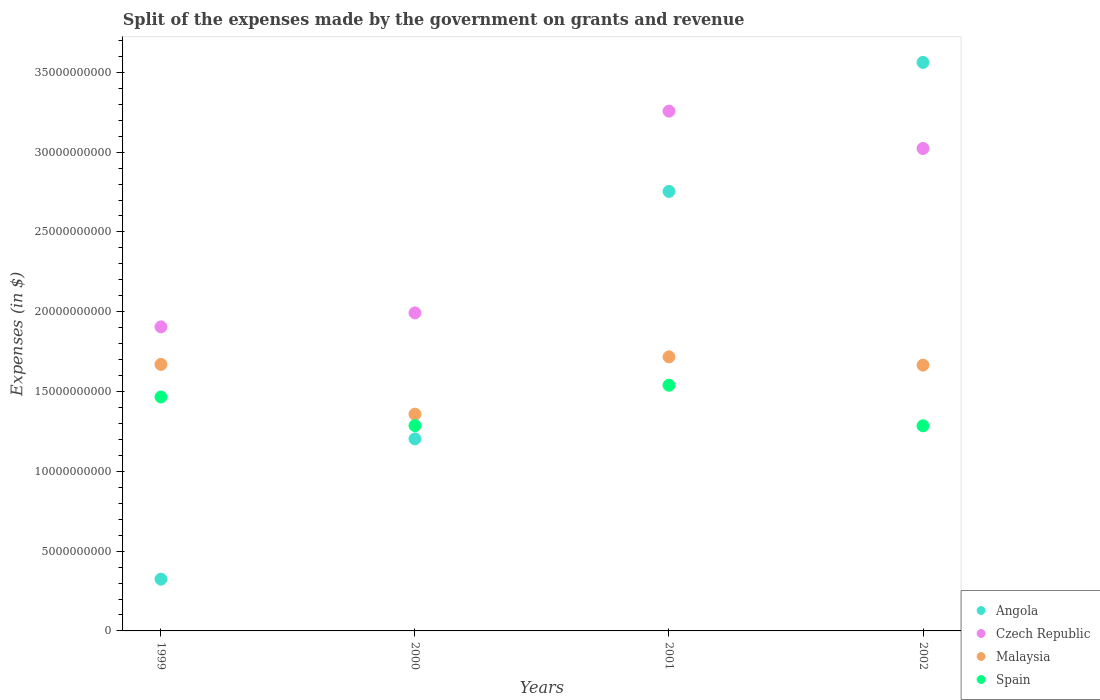
| Years | Angola | Czech Republic | Malaysia | Spain |
 | --- | --- | --- | --- | --- |
 | 1999 | 3.24e+09 | 1.91e+10 | 1.67e+10 | 1.47e+10 |
 | 2000 | 1.2e+10 | 1.99e+10 | 1.36e+10 | 1.29e+10 |
 | 2001 | 2.75e+10 | 3.26e+10 | 1.72e+10 | 1.54e+10 |
 | 2002 | 3.56e+10 | 3.02e+10 | 1.67e+10 | 1.29e+10 |